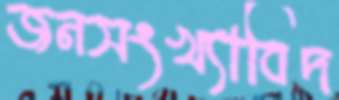
জনসংখ্যাবিদ